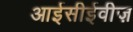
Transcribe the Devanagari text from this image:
आईसीईवीज़